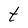
Character: t